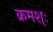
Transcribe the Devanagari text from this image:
क्रमश्ः